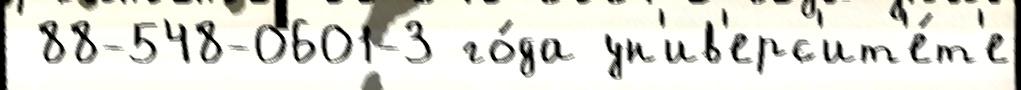
 88-548-0601-3 го́да ун'ив'ерс'ит'е́т'е